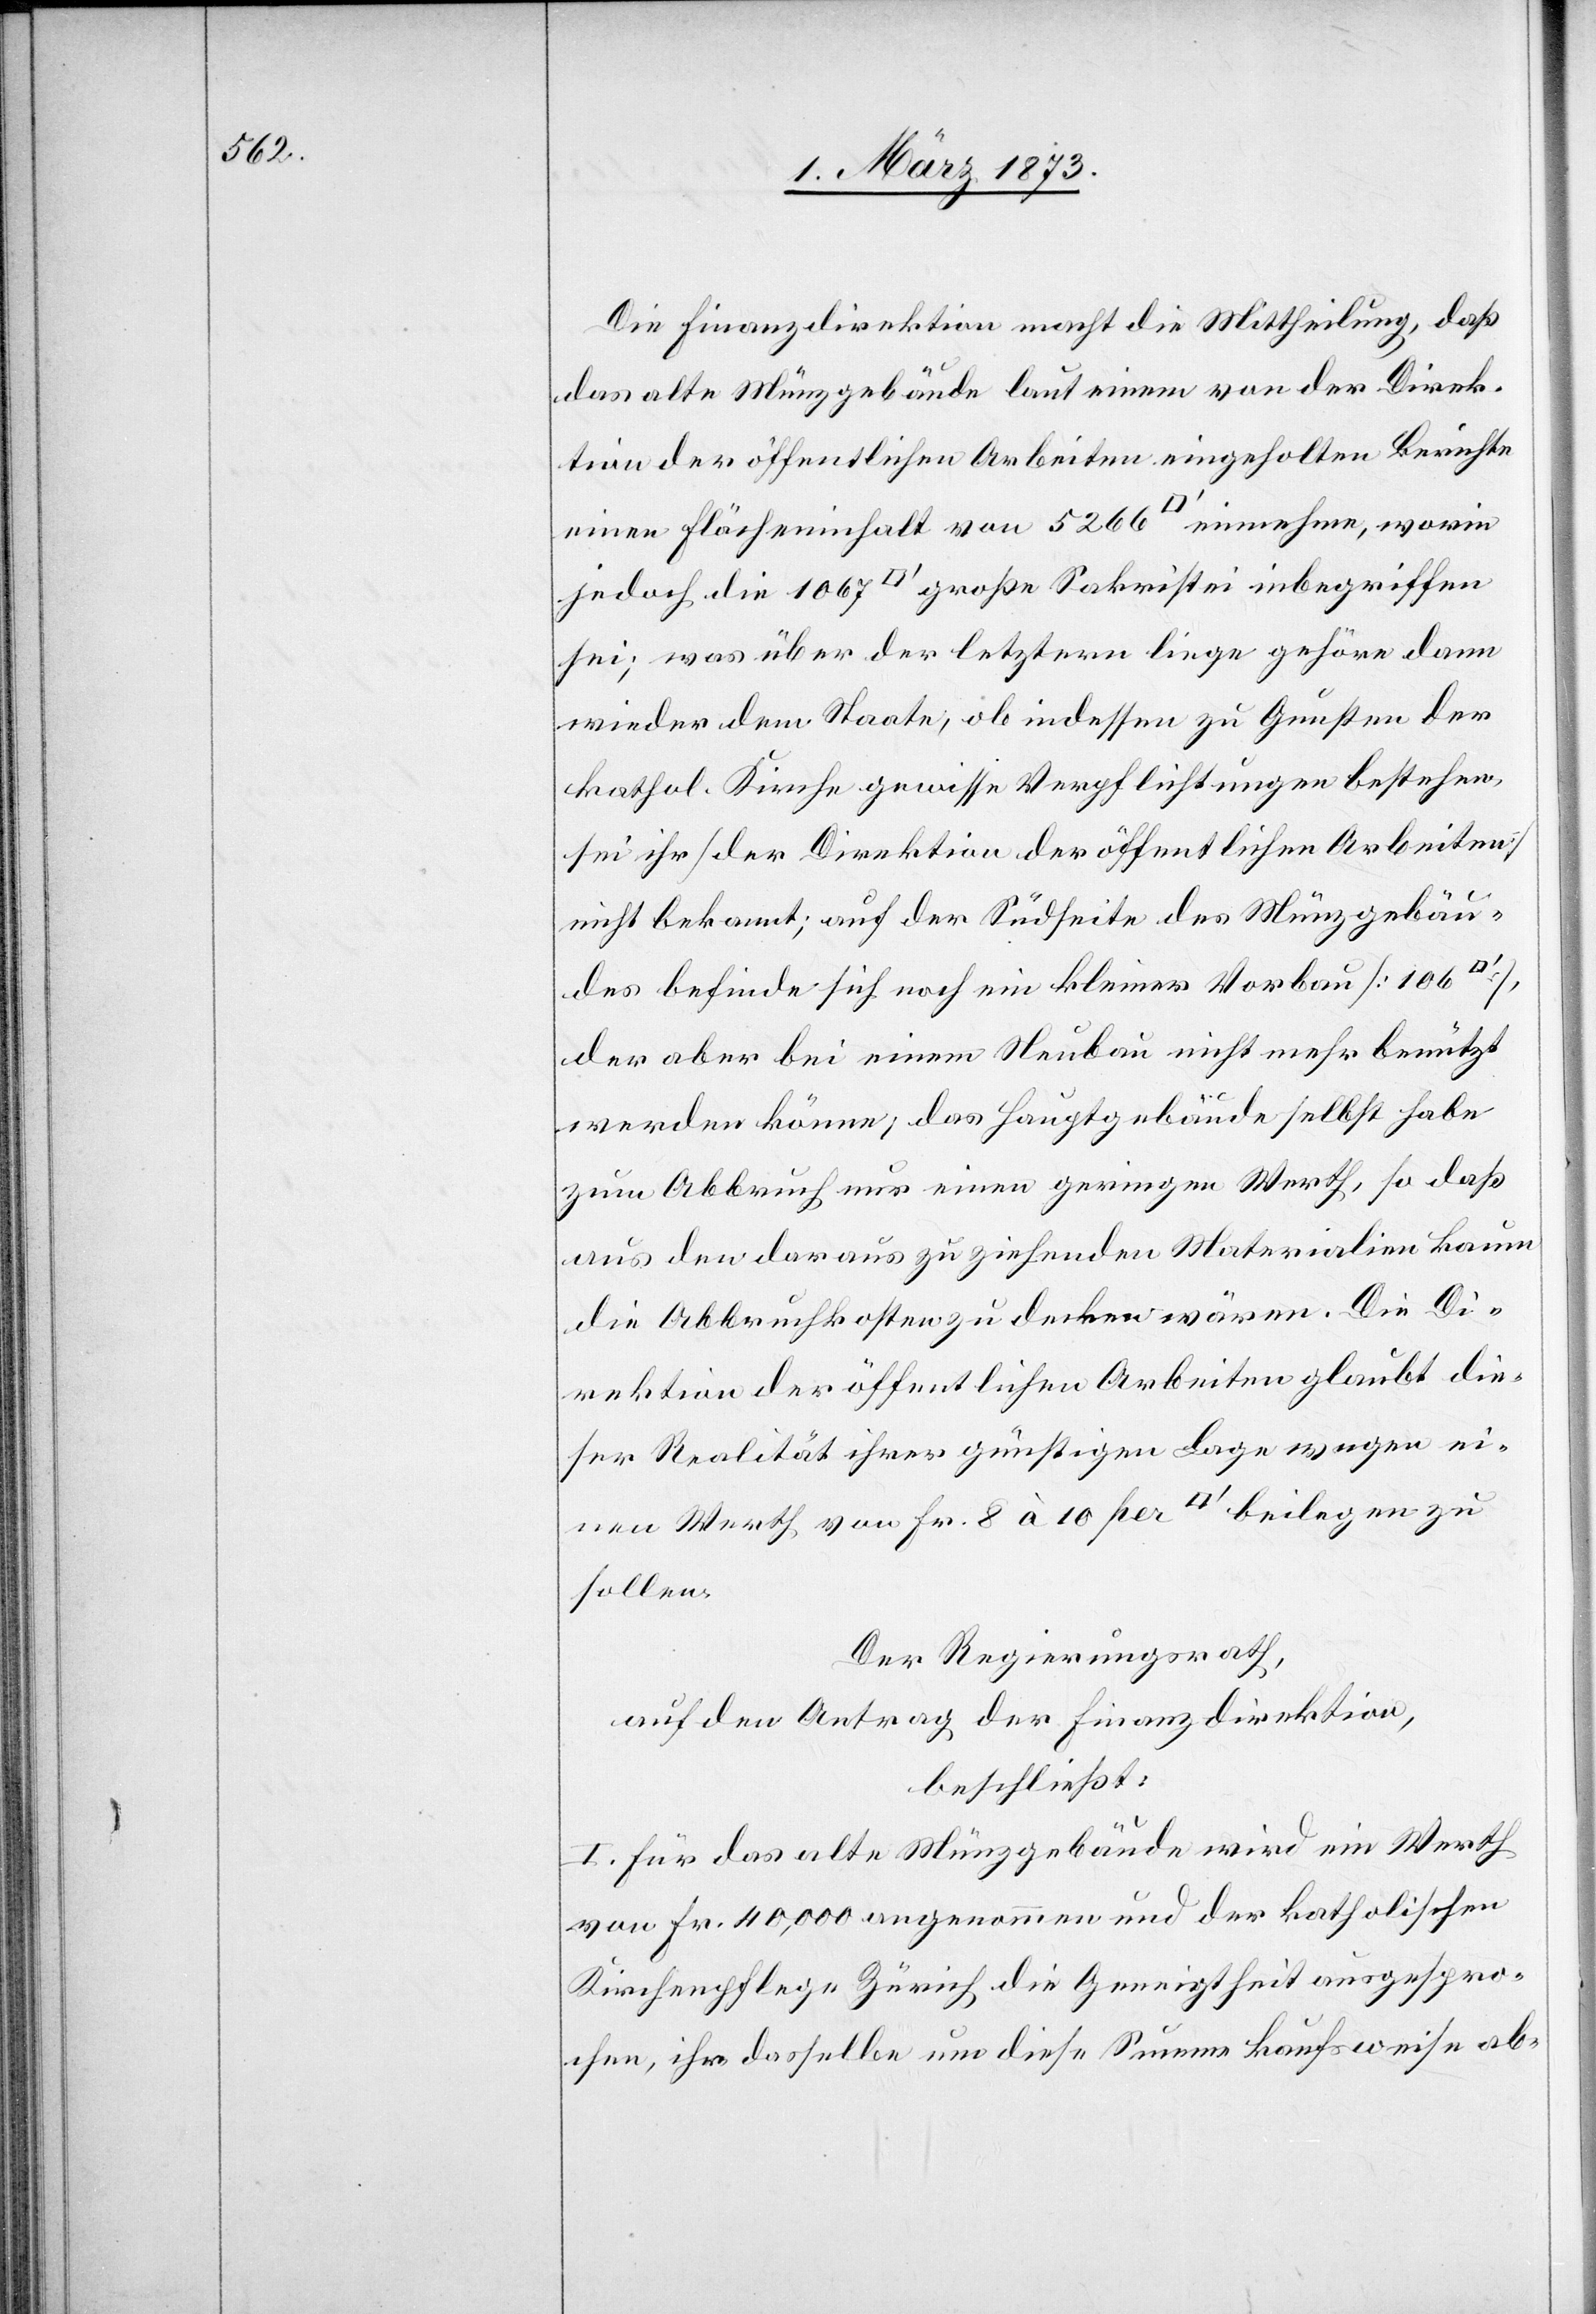
1067

Die Finanzdirektion macht die Mittheilung, daß
das alte Münzgebäude laut einem von der Direk¬
tion der öffentlichen Arbeiten eingeholten Berichte
einen Flächeninhalt von 5266 [Quadratfuss] einnehme, worin
sei; was über der letztern liege gehöre dann
wieder dem Staate, ob indessen zu Gunsten der
kathol. Kirche gewisse Verpflichtungen bestehen,
sei ihr [der Direktion der öffentlichen Arbeiten]
nicht bekannt; auf der Südseite des Münzgebäu¬
des befinde sich noch ein kleiner Vorbau [106
der aber bei einem Neubau nicht mehr benützt
werden könne, das Hauptgebäude selbst habe
zum Abbruch nur einen geringen Werth, so daß
aus den daraus zu ziehenden Materialien kaum
die Abbruchkosten zu decken wären. Die Di¬
rektion der öffentlichen Arbeiten glaubt die¬
ser Realität ihrer günstigen Lage wegen ei¬
nen Werth von Fr. 8 à 10 per [Quadratfuss] beilegen zu
sollen.
Der Regierungsrath,
auf den Antrag der Finanzdirektion,
beschließt:
I. Für das alte Münzgebäude wird ein Werth
von Fr. 40,000 angenommen und der katholischen
Kirchenpflege Zürich die Geneigtheit ausgespro¬
chen, ihr dasselbe um diese Summe kaufsweise ab-